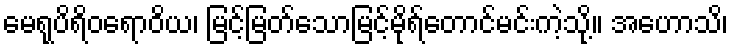
မေရုပိရိဝရောဝိယ၊ မြင့်မြတ်သောမြင့်မိုရ်တောင်မင်းကဲ့သို့။ အဟောသိ၊